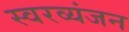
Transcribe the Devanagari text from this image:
स्वरव्यंजन